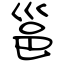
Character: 邕